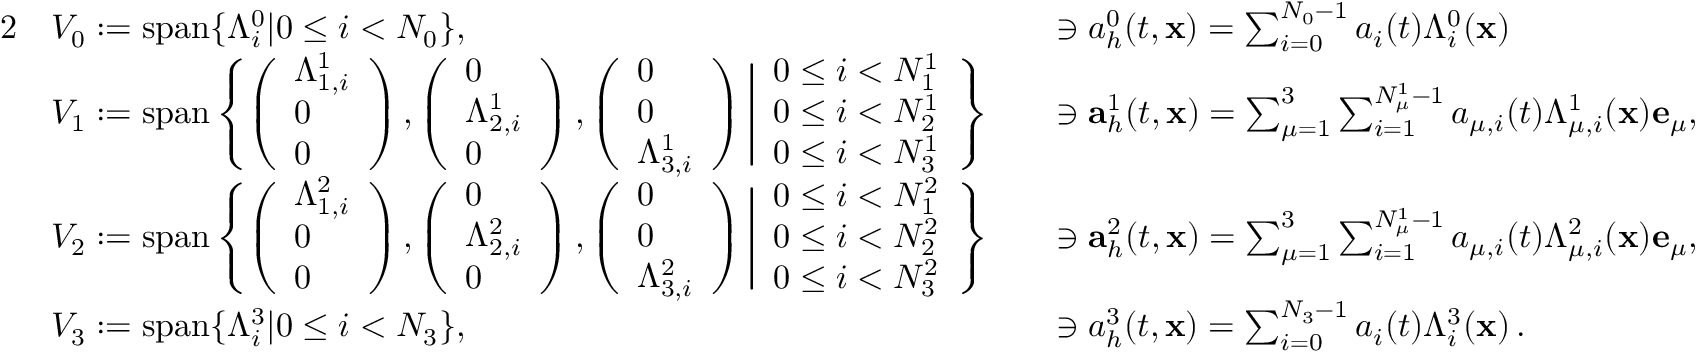
\begin{array} { r l r l } { { 2 } } & { V _ { 0 } : = \mathrm { s p a n } \{ \Lambda _ { i } ^ { 0 } | 0 \le i < N _ { 0 } \} , } & & { \ni { a } _ { h } ^ { 0 } ( t , { \mathbf x } ) = \sum _ { i = 0 } ^ { N _ { 0 } - 1 } a _ { i } ( t ) \Lambda _ { i } ^ { 0 } ( { \mathbf x } ) } \\ & { V _ { 1 } : = \mathrm { s p a n } \left\{ \left( \begin{array} { l } { \Lambda _ { 1 , i } ^ { 1 } } \\ { 0 } \\ { 0 } \end{array} \right) , \left( \begin{array} { l } { 0 } \\ { \Lambda _ { 2 , i } ^ { 1 } } \\ { 0 } \end{array} \right) , \left( \begin{array} { l } { 0 } \\ { 0 } \\ { \Lambda _ { 3 , i } ^ { 1 } } \end{array} \right) \Bigg | \begin{array} { l } { 0 \le i < N _ { 1 } ^ { 1 } } \\ { 0 \le i < N _ { 2 } ^ { 1 } } \\ { 0 \le i < N _ { 3 } ^ { 1 } } \end{array} \right\} } & & { \ni { \mathbf a } _ { h } ^ { 1 } ( t , { \mathbf x } ) = \sum _ { \mu = 1 } ^ { 3 } \sum _ { i = 1 } ^ { N _ { \mu } ^ { 1 } - 1 } a _ { \mu , i } ( t ) \Lambda _ { \mu , i } ^ { 1 } ( { \mathbf x } ) { \mathbf e } _ { \mu } , } \\ & { V _ { 2 } : = \mathrm { s p a n } \left\{ \left( \begin{array} { l } { \Lambda _ { 1 , i } ^ { 2 } } \\ { 0 } \\ { 0 } \end{array} \right) , \left( \begin{array} { l } { 0 } \\ { \Lambda _ { 2 , i } ^ { 2 } } \\ { 0 } \end{array} \right) , \left( \begin{array} { l } { 0 } \\ { 0 } \\ { \Lambda _ { 3 , i } ^ { 2 } } \end{array} \right) \Bigg | \begin{array} { l } { 0 \le i < N _ { 1 } ^ { 2 } } \\ { 0 \le i < N _ { 2 } ^ { 2 } } \\ { 0 \le i < N _ { 3 } ^ { 2 } } \end{array} \right\} } & & { \ni { \mathbf a } _ { h } ^ { 2 } ( t , { \mathbf x } ) = \sum _ { \mu = 1 } ^ { 3 } \sum _ { i = 1 } ^ { N _ { \mu } ^ { 1 } - 1 } a _ { \mu , i } ( t ) \Lambda _ { \mu , i } ^ { 2 } ( { \mathbf x } ) { \mathbf e } _ { \mu } , } \\ & { V _ { 3 } : = \mathrm { s p a n } \{ \Lambda _ { i } ^ { 3 } | 0 \le i < N _ { 3 } \} , } & & { \ni { a } _ { h } ^ { 3 } ( t , { \mathbf x } ) = \sum _ { i = 0 } ^ { N _ { 3 } - 1 } a _ { i } ( t ) \Lambda _ { i } ^ { 3 } ( { \mathbf x } ) \, . } \end{array}